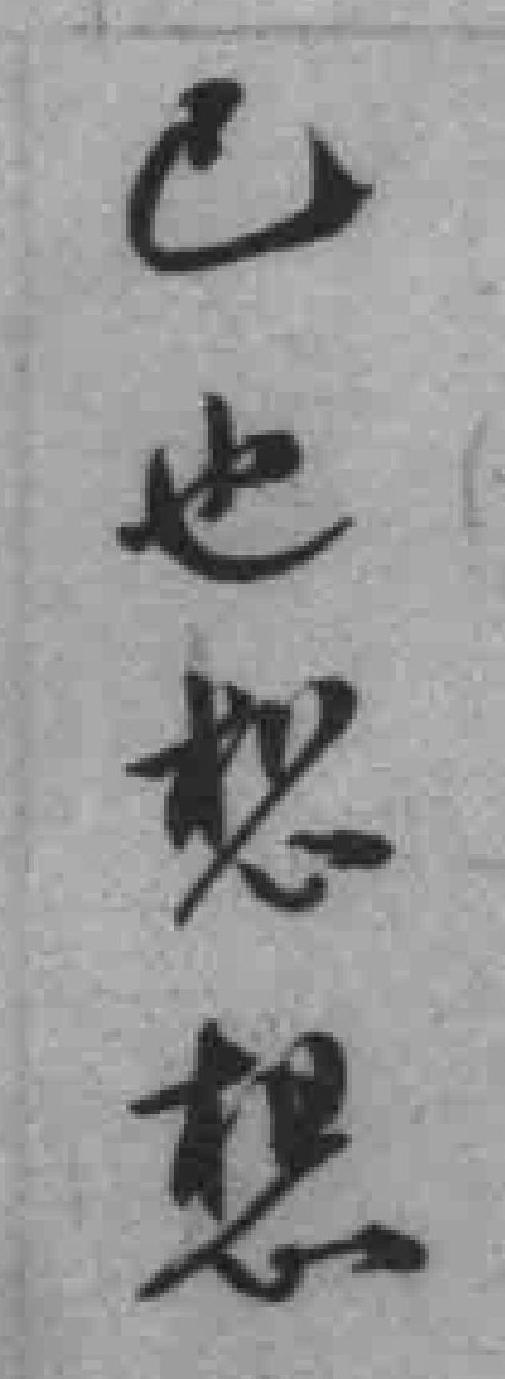
己也想想